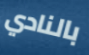
بالنادي